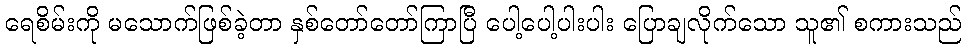
ရေစိမ်းကို မသောက်ဖြစ်ခဲ့တာ နှစ်တော်တော်ကြာပြီ ပေါ့ပေါ့ပါးပါး ပြောချလိုက်သော သူ၏ စကားသည်